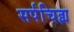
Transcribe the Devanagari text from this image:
सर्पचिह्म